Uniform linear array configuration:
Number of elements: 8
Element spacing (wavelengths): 0.25
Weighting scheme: hamming
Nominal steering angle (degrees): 30
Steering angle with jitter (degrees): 30.638
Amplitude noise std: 0.05
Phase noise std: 0.05

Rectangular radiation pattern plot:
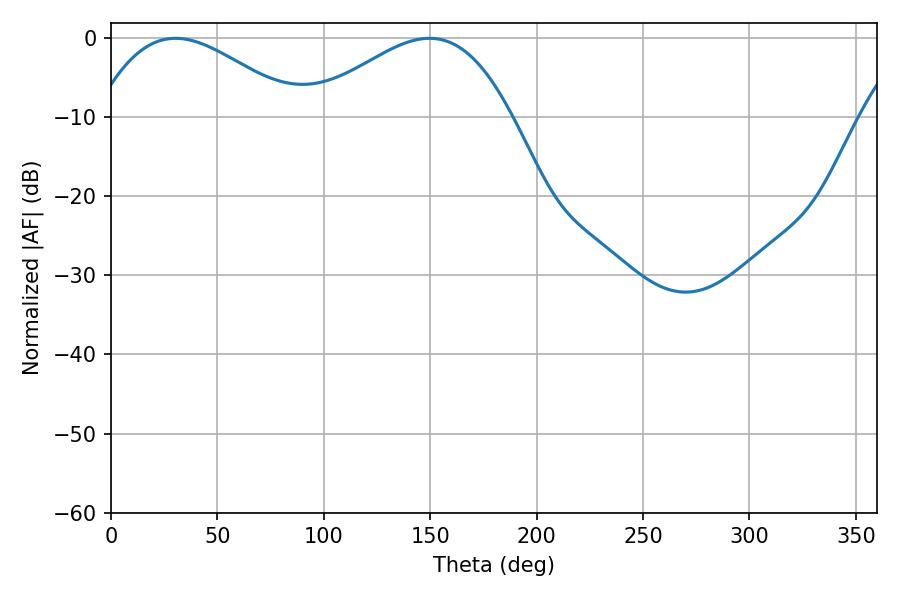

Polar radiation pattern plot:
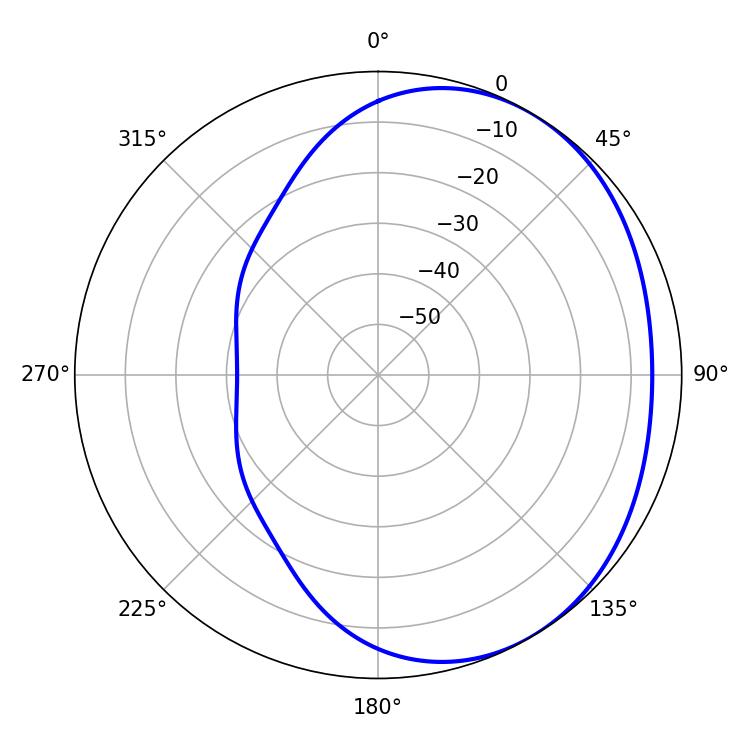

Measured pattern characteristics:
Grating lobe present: FALSE
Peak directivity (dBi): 2.598
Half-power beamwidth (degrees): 51.48
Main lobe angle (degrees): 30.42